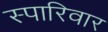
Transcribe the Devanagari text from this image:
स्पारिवार